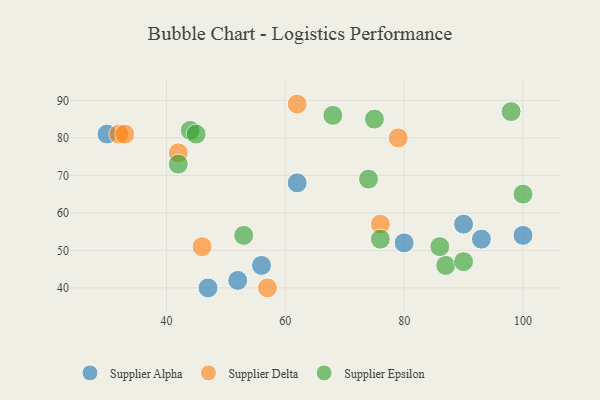
{"axis": {"x": "GDP", "y": "Life Expectancy"}, "legend": ["Supplier Alpha", "Supplier Delta", "Supplier Epsilon"], "data": [{"x": "30", "y": 81, "type": "Supplier Alpha"}, {"x": "62", "y": 68, "type": "Supplier Alpha"}, {"x": "56", "y": 46, "type": "Supplier Alpha"}, {"x": "93", "y": 53, "type": "Supplier Alpha"}, {"x": "52", "y": 42, "type": "Supplier Alpha"}, {"x": "80", "y": 52, "type": "Supplier Alpha"}, {"x": "47", "y": 40, "type": "Supplier Alpha"}, {"x": "100", "y": 54, "type": "Supplier Alpha"}, {"x": "90", "y": 57, "type": "Supplier Alpha"}, {"x": "62", "y": 89, "type": "Supplier Delta"}, {"x": "76", "y": 57, "type": "Supplier Delta"}, {"x": "32", "y": 81, "type": "Supplier Delta"}, {"x": "79", "y": 80, "type": "Supplier Delta"}, {"x": "46", "y": 51, "type": "Supplier Delta"}, {"x": "33", "y": 81, "type": "Supplier Delta"}, {"x": "42", "y": 76, "type": "Supplier Delta"}, {"x": "57", "y": 40, "type": "Supplier Delta"}, {"x": "68", "y": 86, "type": "Supplier Epsilon"}, {"x": "87", "y": 46, "type": "Supplier Epsilon"}, {"x": "86", "y": 51, "type": "Supplier Epsilon"}, {"x": "44", "y": 82, "type": "Supplier Epsilon"}, {"x": "74", "y": 69, "type": "Supplier Epsilon"}, {"x": "53", "y": 54, "type": "Supplier Epsilon"}, {"x": "98", "y": 87, "type": "Supplier Epsilon"}, {"x": "90", "y": 47, "type": "Supplier Epsilon"}, {"x": "100", "y": 65, "type": "Supplier Epsilon"}, {"x": "76", "y": 53, "type": "Supplier Epsilon"}, {"x": "75", "y": 85, "type": "Supplier Epsilon"}, {"x": "45", "y": 81, "type": "Supplier Epsilon"}, {"x": "42", "y": 73, "type": "Supplier Epsilon"}]}